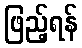
ဖြည့်ရန်